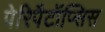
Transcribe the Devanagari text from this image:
पेरिपैटॉप्सिस